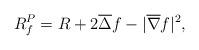
LaTeX: \begin{align*} R_{f}^{P}=R+2\overline{\Delta}f-|\overline{\nabla}f|^2,\end{align*}